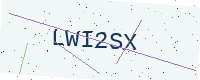
Text: LWI2SX